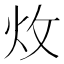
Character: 炇